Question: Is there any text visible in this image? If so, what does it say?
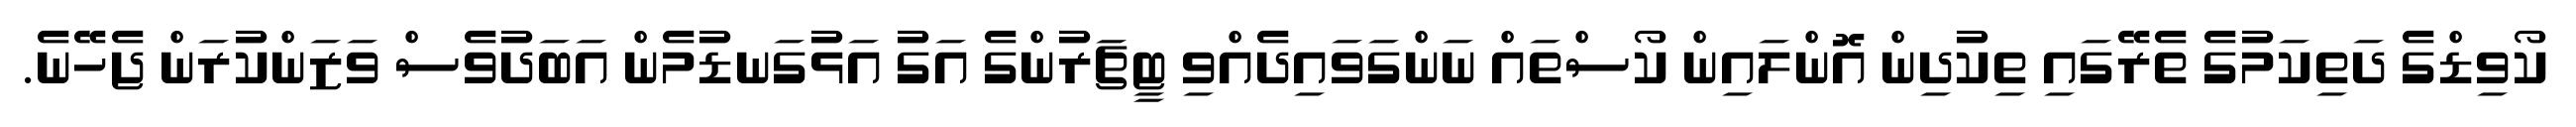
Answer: ކޯވިޑްގެ ދަތިކަމުގެ ތެރޭގައި ތިކުދިން އޮންލައިން ކޯސްތައް ނަންގަވައިދެއްވި ޓީޗަރުންގެ އަގު އަޅުގަނޑުމެން އަބަދުވެސް ވަޒަންކުރަން ޖެހޭނެ.